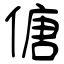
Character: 傏